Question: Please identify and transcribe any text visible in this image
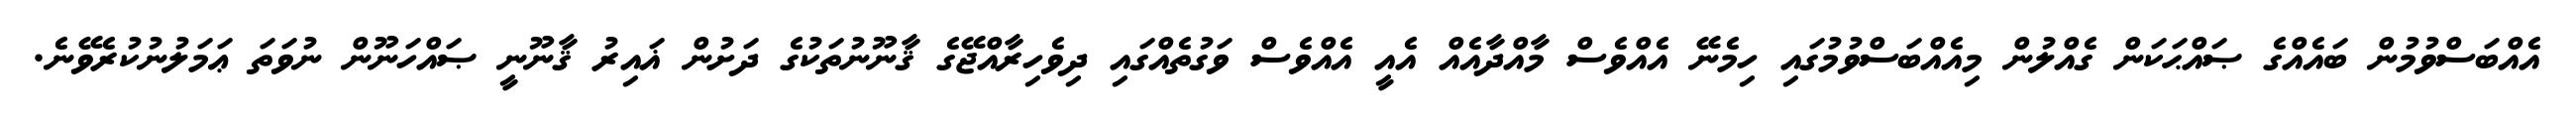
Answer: އެއްބަސްވުމުން ބައެއްގެ ޞައްޙަކަން ގެއްލުން މިއެއްބަސްވުމުގައި ހިމެނޭ އެއްވެސް މާއްދާއެއް އެއީ އެއްވެސް ވަގުތެއްގައި ދިވެހިރާއްޖޭގެ ޤާނޫނުތަކުގެ ދަށުން ޣައިރު ޤާނޫނީ ޞައްހަނޫން ނުވަތަ ޢަމަލުނުކުރެވޭނެ.